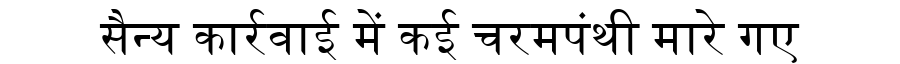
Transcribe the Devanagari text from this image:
सैन्य कार्रवाई में कई चरमपंथी मारे गए